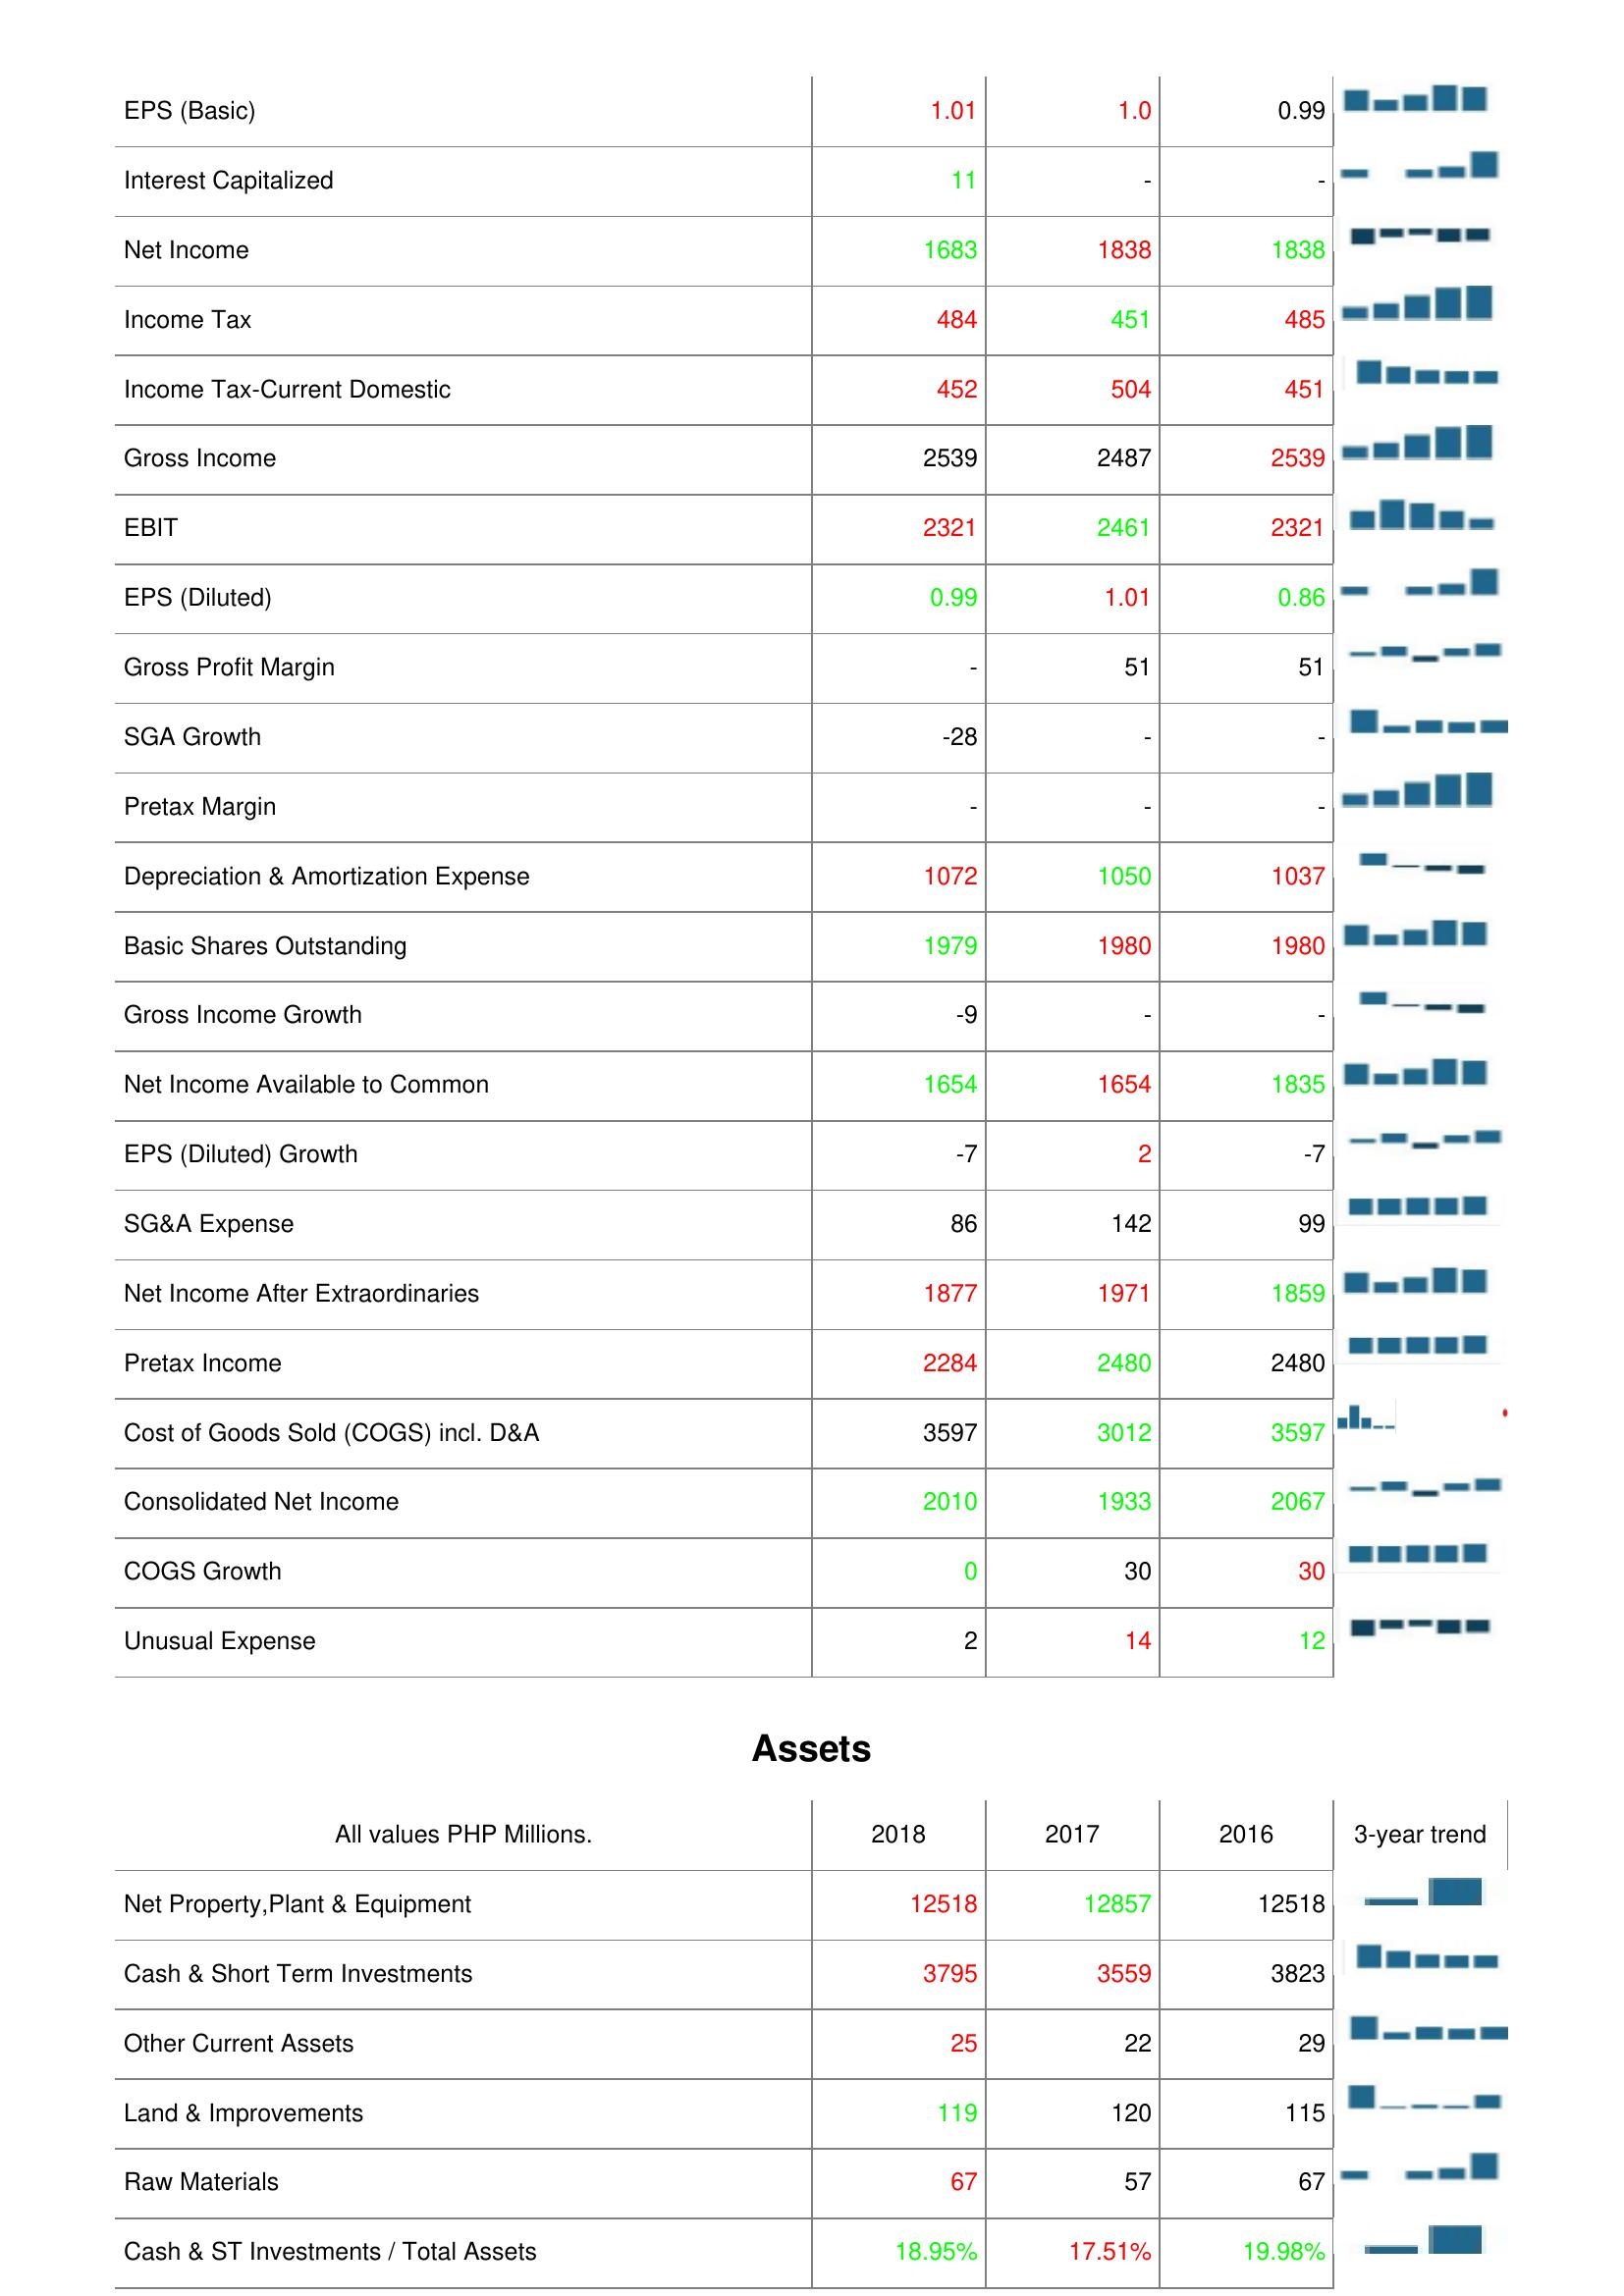
2018: : EPS (Basic): 1.01
Interest Capitalized: 11
Net Income: 1683
Income Tax: 484
Income Tax-Current Domestic: 452
Gross Income: 2539
EBIT: 2321
EPS (Diluted): 0.99
Gross Profit Margin: -
SGA Growth: -28
Pretax Margin: -
Depreciation & Amortization Expense: 1072
Basic Shares Outstanding: 1979
Gross Income Growth: -9
Net Income Available to Common: 1654
EPS (Diluted) Growth: -7
SG&A Expense: 86
Net Income After Extraordinaries: 1877
Pretax Income: 2284
Cost of Goods Sold (COGS) incl. D&A: 3597
Consolidated Net Income: 2010
COGS Growth: 0
Unusual Expense: 2
Assets: Net Property,Plant & Equipment: 12518
Cash & Short Term Investments: 3795
Other Current Assets: 25
Land & Improvements: 119
Raw Materials: 67
Cash & ST Investments / Total Assets: 18.95%
2017: : EPS (Basic): 1.0
Interest Capitalized: -
Net Income: 1838
Income Tax: 451
Income Tax-Current Domestic: 504
Gross Income: 2487
EBIT: 2461
EPS (Diluted): 1.01
Gross Profit Margin: 51
SGA Growth: -
Pretax Margin: -
Depreciation & Amortization Expense: 1050
Basic Shares Outstanding: 1980
Gross Income Growth: -
Net Income Available to Common: 1654
EPS (Diluted) Growth: 2
SG&A Expense: 142
Net Income After Extraordinaries: 1971
Pretax Income: 2480
Cost of Goods Sold (COGS) incl. D&A: 3012
Consolidated Net Income: 1933
COGS Growth: 30
Unusual Expense: 14
Assets: Net Property,Plant & Equipment: 12857
Cash & Short Term Investments: 3559
Other Current Assets: 22
Land & Improvements: 120
Raw Materials: 57
Cash & ST Investments / Total Assets: 17.51%
2016: : EPS (Basic): 0.99
Interest Capitalized: -
Net Income: 1838
Income Tax: 485
Income Tax-Current Domestic: 451
Gross Income: 2539
EBIT: 2321
EPS (Diluted): 0.86
Gross Profit Margin: 51
SGA Growth: -
Pretax Margin: -
Depreciation & Amortization Expense: 1037
Basic Shares Outstanding: 1980
Gross Income Growth: -
Net Income Available to Common: 1835
EPS (Diluted) Growth: -7
SG&A Expense: 99
Net Income After Extraordinaries: 1859
Pretax Income: 2480
Cost of Goods Sold (COGS) incl. D&A: 3597
Consolidated Net Income: 2067
COGS Growth: 30
Unusual Expense: 12
Assets: Net Property,Plant & Equipment: 12518
Cash & Short Term Investments: 3823
Other Current Assets: 29
Land & Improvements: 115
Raw Materials: 67
Cash & ST Investments / Total Assets: 19.98%